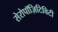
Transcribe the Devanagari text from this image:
सेरोपॉज़िटिविटी